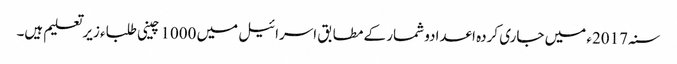
سنہ 2017ء میں جاری کردہ اعدادو شمار کے مطابق اسرائیل میں 1000 چینی طلباء زیرتعلیم ہیں۔